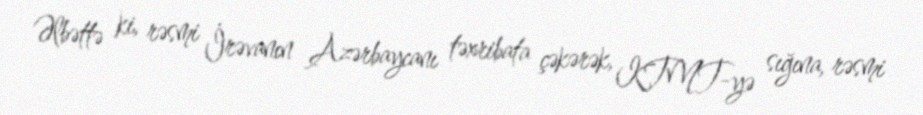
Əlbəttə ki, rəsmi İrəvanın Azərbaycanı təxribata çəkərək, KTMT-yə sığına, rəsmi